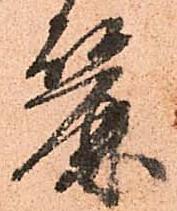
麗